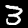
Digit: 3